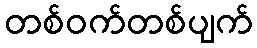
တစ်ဝက်တစ်ပျက်